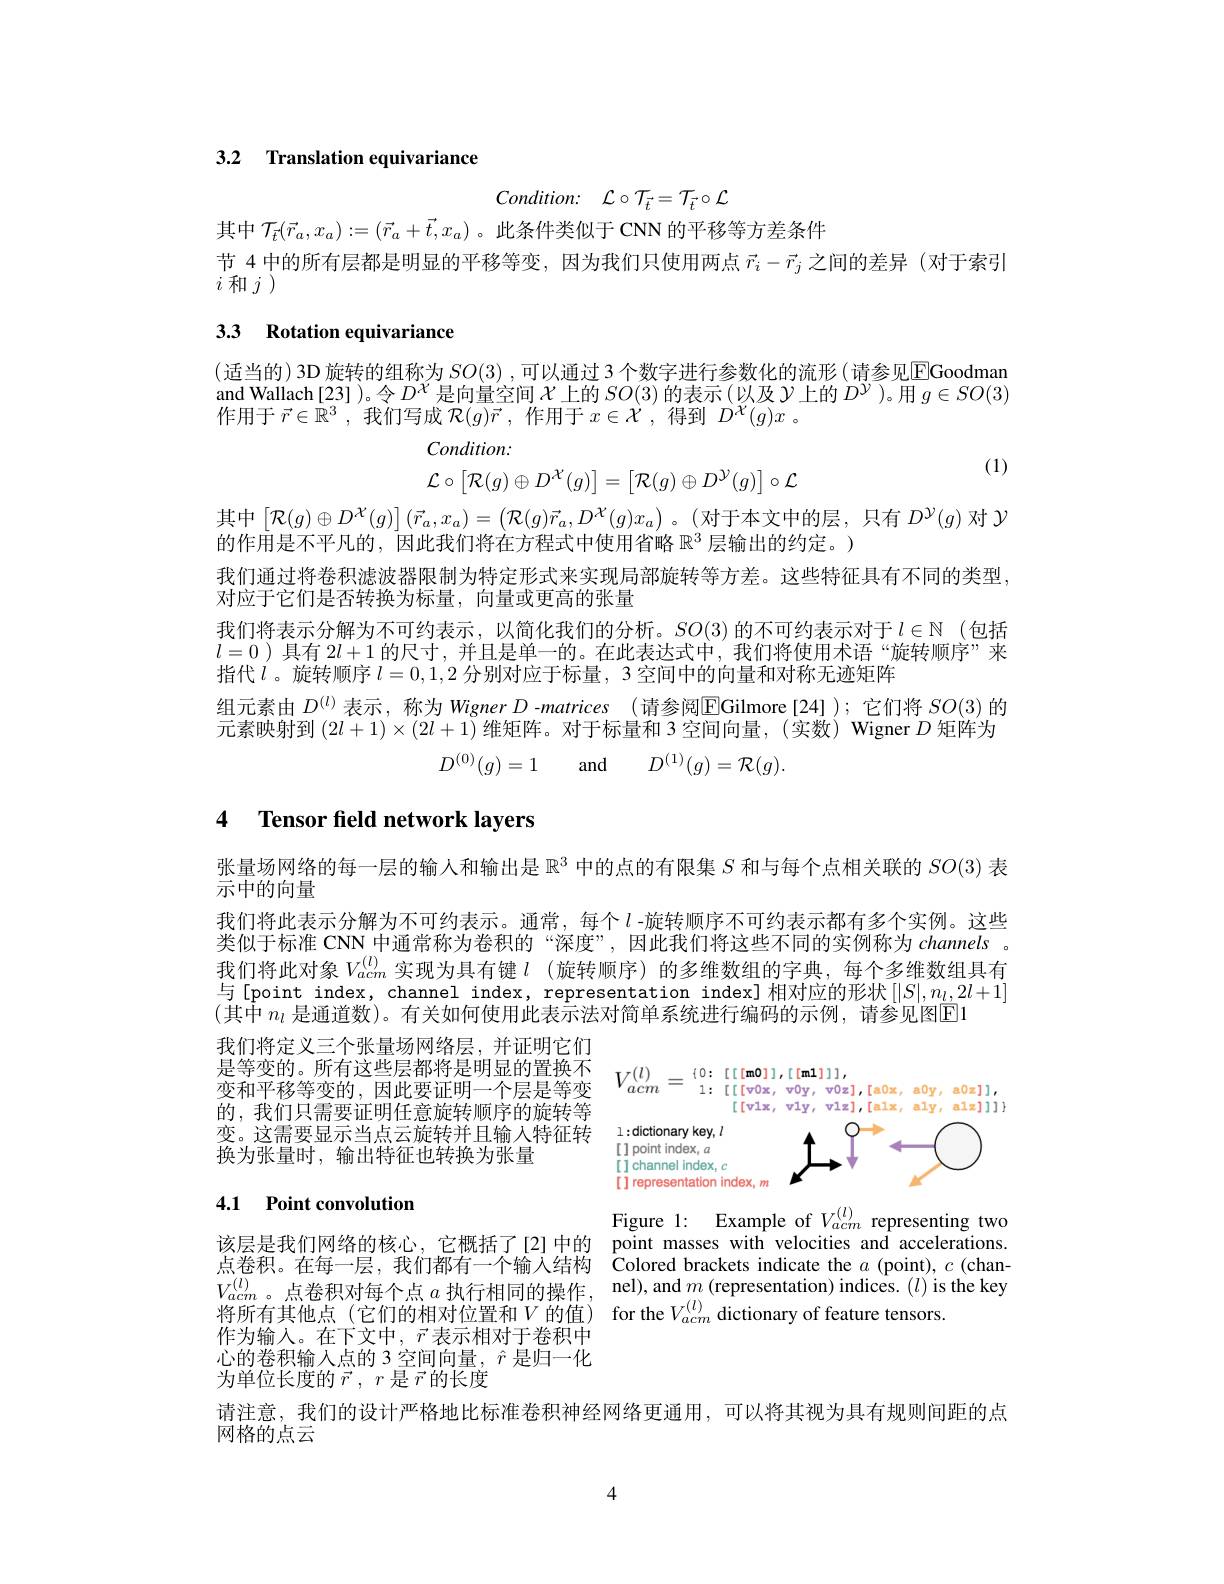
3.2 Translation equivariance

$Condition:$ $\mathcal{L} \circ \mathcal{T} _{\vec{t} }= \mathcal{T} _{\vec{t} }\circ \mathcal{L}$

其中$\mathcal{T}_{\vec{t}}(\vec{r}_a,x_a):=(\vec{r}_a+\vec{t},x_a)$ 。此条件类似于 CNN 的平移等方差条件
节 4 中的所有层都是明显的平移等变，因为我们只使用两点$\vec{r}_i-\vec{r}_j$之间的差异 (对于索引
$i^{^{\prime}}$和$j^{^{\prime}})$

## 3.3 Rotation equivariance

(适当的) 3D 旋转的组称为 $SO(3)$ ,可以通过 3 个数字进行参数化的流形(请参见$\overline{\mathrm{EGoodman}}$ and Wallach [23] )。令$D^{\chi}$是向量空间$\mathcal{X}$上的$SO(3)$的表示 (以及$\mathcal{Y}$上的$D^\mathcal{Y})$。用$g\in SO(3)$ 作用于$\vec{r} \in \mathbb{R} ^3$ ,我们写成$\mathcal{R} ( g) \vec{r}$ ,作用于$x\in \mathcal{X}$ ,得到$D^\mathcal{X}(g)x$。

Condition:
$$\mathcal{L}\circ\begin{bmatrix}\mathcal{R}(g)\oplus D^{\mathcal{X}}(g)\end{bmatrix}=\begin{bmatrix}\mathcal{R}(g)\oplus D^{\mathcal{Y}}(g)\end{bmatrix}\circ\mathcal{L}$$
(1)

其中$\left[\mathcal{R}(g)\oplus D^{\mathcal{X}}(g)\right](\vec{r}_a,x_a)=\left(\mathcal{R}(g)\vec{r}_a,D^{\mathcal{X}}(g)x_a\right)$。(对于本文中的层，只有$D^{\mathcal{Y}}(g)$对$\mathcal{Y}$
$\bar{\text{的作用是不平凡的，因此我们将在方程式中使用省略 }\mathbb{R}^3}$层输出的约定。)
我们通过将卷积滤波器限制为特定形式来实现局部旋转等方差。这些特征具有不同的类型，
对应于它们是否转换为标量，向量或更高的张量
我们将表示分解为不可约表示，以简化我们的分析。$SO(3)$的不可约表示对于$l\in\mathbb{N}$ (包括$l=0$ )具有$2l+1$的尺寸，并且是单一的。在此表达式中，我们将使用术语“旋转顺序”来指代$l$。旋转顺序 $l=0,1,2$ 分别对应于标量，3 空间中的向量和对称无迹矩阵
组元素由$D^{(l)}$表示，称为 Wigner D -matrices (请参阅$\overline{\mathrm{E}}$Gilmore[24]);它们将$SO(3)$的元素映射到$(2l+1)\times(2l+1)$维矩阵。对于标量和 3 空间向量，(实数) Wigner $D$矩阵为
$$D^{(0)}(g)=1\quad\text{and}\quad D^{(1)}(g)=\mathcal{R}(g).$$
4 Tensor feld network layers

张量场网络的每一层的输入和输出是$\mathbb{R}^3$中的点的有限集$S$和与每个点相关联的$SO(3)$表
示$\vec{\text{中的向量}}$
我们将此表示分解为不可约表示。通常，每个$l$ -旋转顺序不可约表示都有多个实例。这些类似于标准 CNN 中通常称为卷积的“深度”,因此我们将这些不同的实例称为 channels 。我们将此对象$V_{acm}^{(l)}$实现为具有键$l$ (旋转顺序)的多维数组的字典，每个多维数组具有与[point index, channel index, representation index]相对应的形状[[S|,n,2l+1] (其中 $n_l$ 是通道数)。有关如何使用此表示法对简单系统进行编码的示例，请参见图E1

我们将定义三个张量场网络层，并证明它们是等变的。所有这些层都将是明显的置换不变和平移等变的，因此要证明一个层是等变的，我们只需要证明任意旋转顺序的旋转等变。这需要显示当点云旋转并且输入特征转换为张量时，输出特征也转换为张量

<FigureHere>

## 4.1 Point convolution

Figure 1: Example of $V_{acm}^{(l)}$ representing two
该层是我们网络的核心，它概括了[2]中的 point masses with velocities and accelerations. 点卷积。在每一层，我们都有一个输入结构 Colored brackets indicate the $a$ (point), $c$ (chan- $V_{acm}^{(l)}$。点卷积对每个点$a$执行相同的操作，nel), and $m$ (representation) indices. $(l)$ is the key 将所有其他点 (它们的相对位置和$V$的值) for the $V_acm^{(l)}$ dictionary of feature tensors.

作为输入。在下文中，$\vec{r}$表示相对于卷积中心的卷积输入点的3空间向量，$\hat{r}$是归一化为单位长度的$\vec{r}$ , $r$ $\vec {\text{是 }\vec{r} }$的长度

请注意，我们的设计严格地比标准卷积神经网络更通用，可以将其视为具有规则间距的点

网格的点云

4